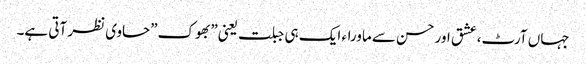
جہاں آرٹ،عشق اور حسن سے ماوراء ایک ہی جبلت یعنی”بھوک”حاوی نظر آتی ہے۔